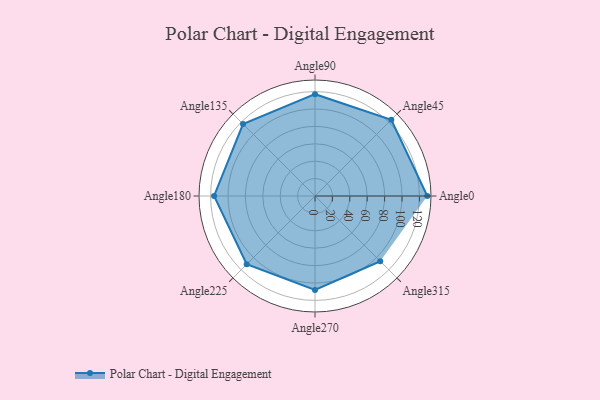
{"axis": {"x": "Angle", "y": "Radius"}, "legend": [""], "data": [{"x": "Angle0", "y": 129.0, "type": ""}, {"x": "Angle45", "y": 124.0, "type": ""}, {"x": "Angle90", "y": 117.0, "type": ""}, {"x": "Angle135", "y": 117.0, "type": ""}, {"x": "Angle180", "y": 116.0, "type": ""}, {"x": "Angle225", "y": 111.0, "type": ""}, {"x": "Angle270", "y": 108.0, "type": ""}, {"x": "Angle315", "y": 106.0, "type": ""}]}